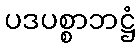
ပဒပစ္စာဘဋ္ဌံ